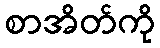
စာအိတ်ကို